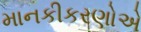
માનકીકરણોએ